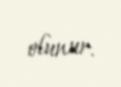
olunur.